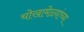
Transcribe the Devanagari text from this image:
चोखामेळ्यांच्या